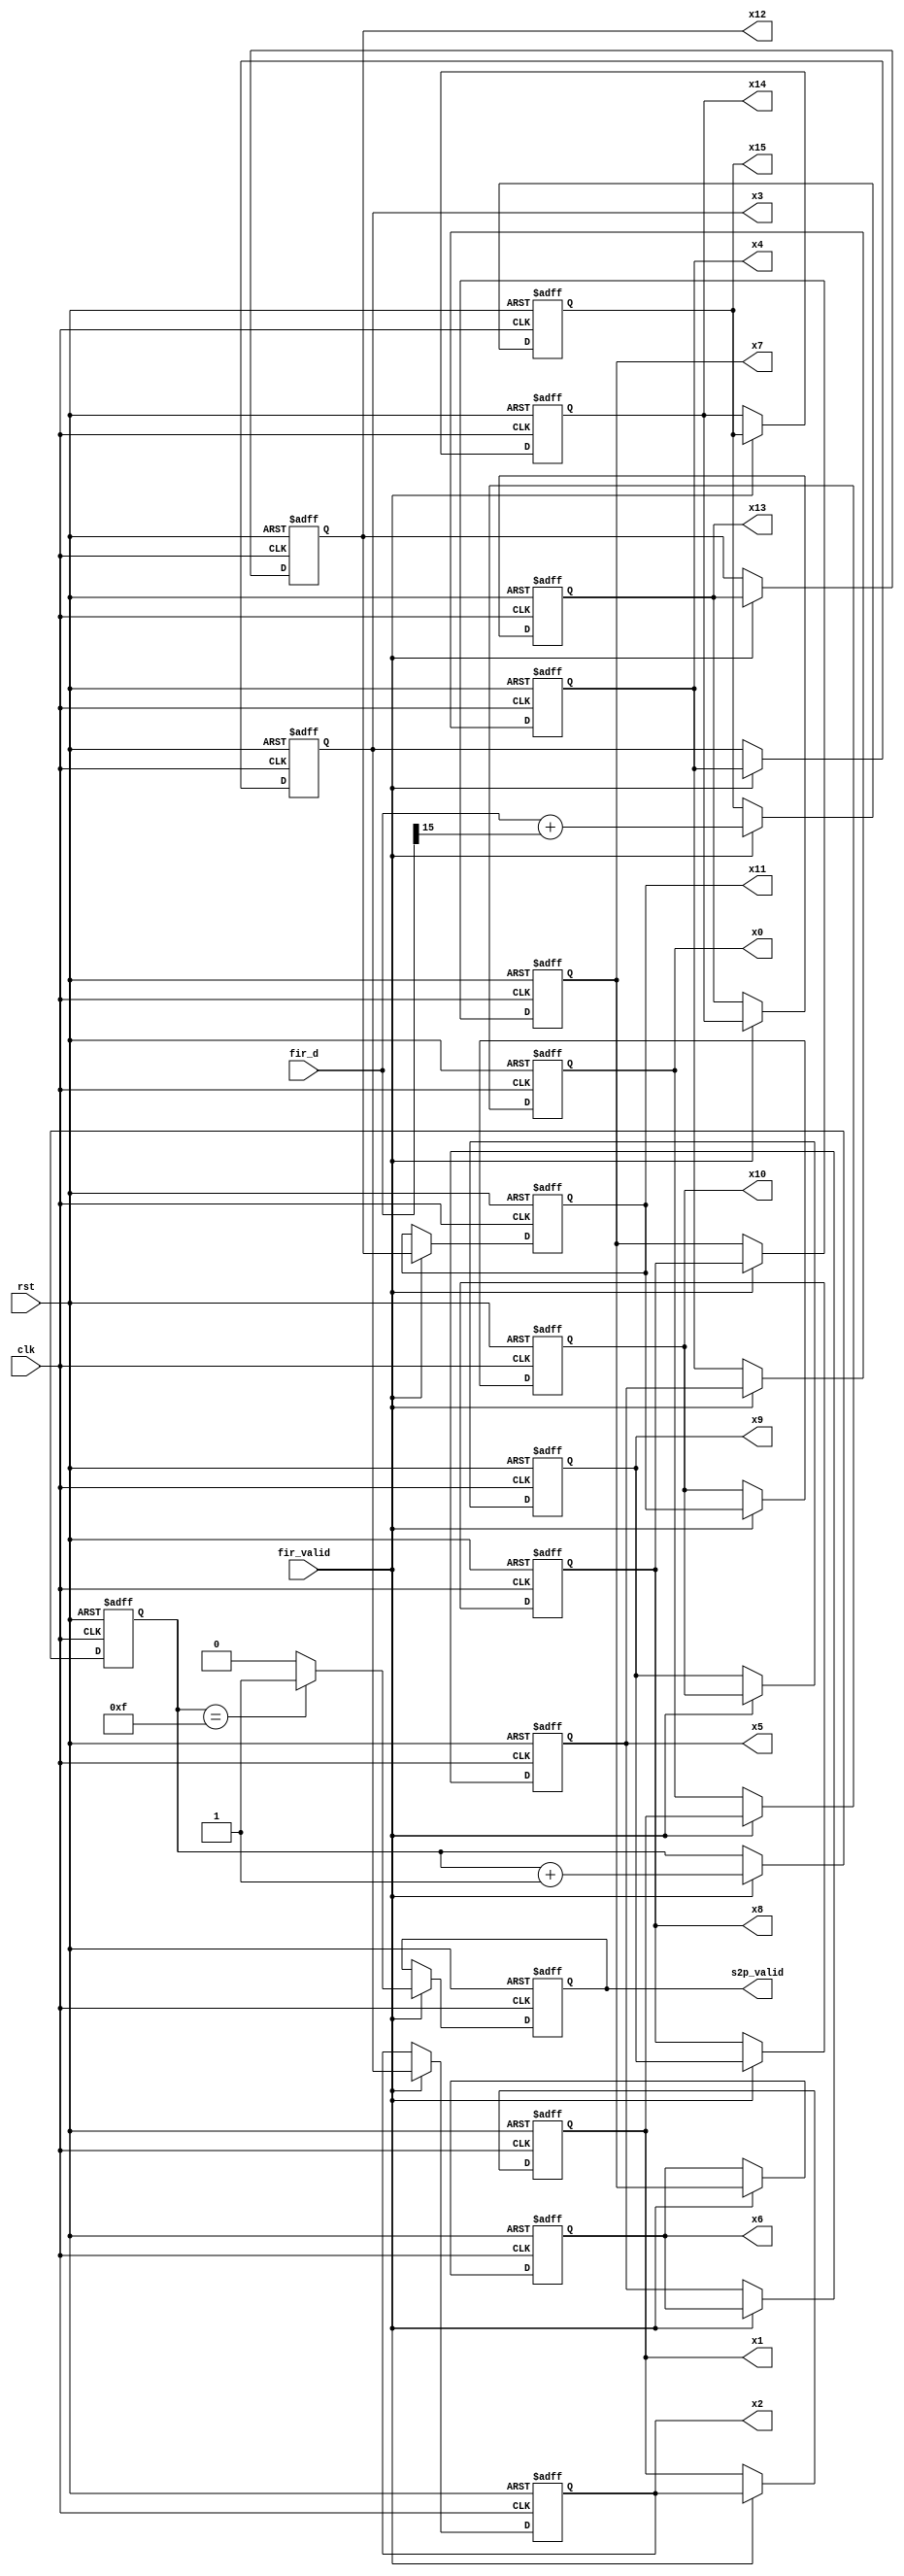
module S2P (clk,rst,fir_valid,fir_d,s2p_valid,x0,x1,x2,x3,x4,x5,x6,x7,x8,x9,x10,x11,x12,x13,x14,x15);

input clk;
input rst;
input fir_valid;
input [15:0] fir_d;
output reg s2p_valid;
output reg signed [15:0] x0,x1,x2,x3,x4,x5,x6,x7,x8,x9,x10,x11,x12,x13,x14,x15;

reg [3:0] cnt;

always@(posedge clk or posedge rst)
begin
 
 if (rst)
 begin
  s2p_valid <= 0;
  cnt <= 4'd0;

  x0 <= 16'd0;
  x1 <= 16'd0;
  x2 <= 16'd0;
  x3 <= 16'd0;
  x4 <= 16'd0;
  x5 <= 16'd0;
  x6 <= 16'd0;
  x7 <= 16'd0;
  x8 <= 16'd0;
  x9 <= 16'd0;
  x10 <= 16'd0;
  x11 <= 16'd0;
  x12 <= 16'd0;
  x13 <= 16'd0;
  x14 <= 16'd0;
  x15 <= 16'd0;
 end
 else if (fir_valid)
 begin
  if (cnt == 4'd15)
  begin
   s2p_valid <= 1;
  end
  else
  begin
   s2p_valid <= 0;
  end

  x0 <= x1;
  x1 <= x2;
  x2 <= x3;
  x3 <= x4;
  x4 <= x5;
  x5 <= x6;
  x6 <= x7;
  x7 <= x8;
  x8 <= x9;
  x9 <= x10;
  x10 <= x11;
  x11 <= x12;
  x12 <= x13;
  x13 <= x14;
  x14 <= x15;
  x15 <= fir_d + {15'd0,fir_d[15]};

  cnt <= cnt + 4'd1;
 end

end

endmodule